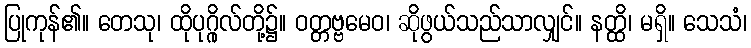
ပြုကုန်၏။ တေသု၊ ထိုပုဂ္ဂိုလ်တို့၌။ ဝတ္တဗ္ဗမေဝ၊ ဆိုဖွယ်သည်သာလျှင်။ နတ္ထိ၊ မရှိ။ သေသံ၊